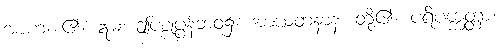
အာဟ၊ ၏။ ဣဓ၊ ဤပစ္စုပ္ပန်ဘဝ၌။ အာယတနာနံ၊ တို့၏။ ပရိပက္ကတ္တာ၊